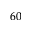
^ { 6 0 }